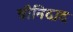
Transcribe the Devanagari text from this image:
त्रीनिदाद